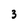
Character: 3